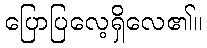
ပြောပြလေ့ရှိလေ၏။